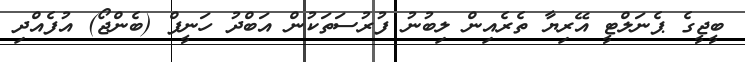
ބީޖީގެ ޕެނަލްޓީ އޭރިޔާ ތެރެއިން ލިބުނު ފުރުސަތަކުން އަބްދު ހަނީފް (ބެންޖޯ) އުފެއްދި